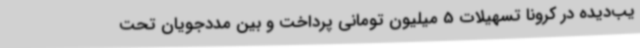
یب‌دیده در کرونا تسهیلات 5 میلیون تومانی پرداخت و بین مددجویان تحت